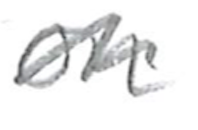
Text: on
Cross-out: wave
Writing tool: pencil